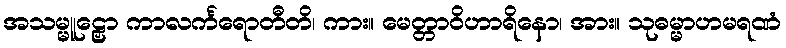
အသမ္မူဠှော ကာလင်္ကရောတီတိ၊ ကား။ မေတ္တာဝိဟာရိနော၊ အား။ သုဓမ္မာဟမရဏံ